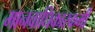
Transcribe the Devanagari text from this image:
मानवाधिकारकर्मी